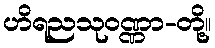
ဟိရညသုဝဏ္ဏာ-တို့။